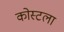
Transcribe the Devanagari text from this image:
कोस्टला